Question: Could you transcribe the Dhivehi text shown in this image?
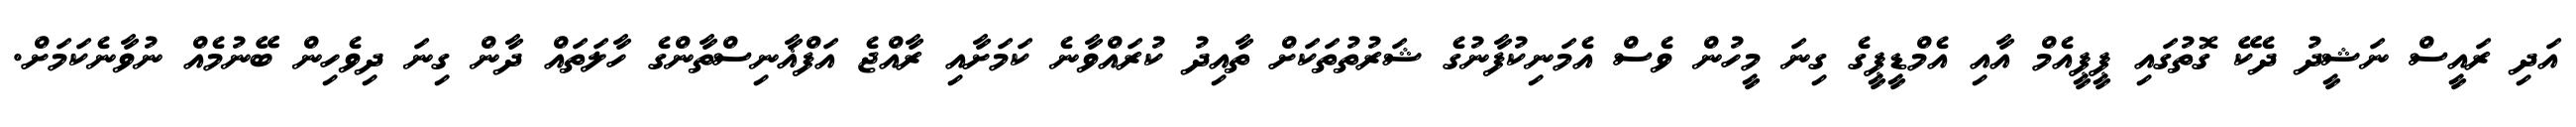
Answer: އަދި ރައީސް ނަޝީދު ދެކޭ ގޮތުގައި ޕީޕީއެމް އާއި އެމްޑީޕީގެ ގިނަ މީހުން ވެސް އެމަނިކުފާނުގެ ޝަރުތުތަކަށް ތާއިދު ކުރައްވާނެ ކަމަށާއި ރާއްޖެ އަފްޣާނިސްތާންގެ ހާލަތައް ދާން ގިނަ ދިވެހިން ބޭނުމެއް ނުވާނެކަމަށް.